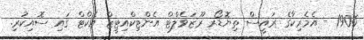
1906 - އެމެރިކާގެ ރައީސް ތިޔޮޑޯރ ރޫޒަވެލްޓް އެންޓިކްއިޓީޒް އެކްޓް ގައި ސޮއިކުރި.